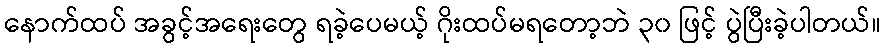
နောက်ထပ် အခွင့်အရေးတွေ ရခဲ့ပေမယ့် ဂိုးထပ်မရတော့ဘဲ ၃၀ ဖြင့် ပွဲပြီးခဲ့ပါတယ်။